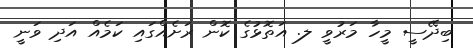
ބިދޭސީ މީހާ މަރުވީ ލ. އަތޮޅުގެ ކޮން ރަށެއްގައި ކަމެއް އަދި ވަނީ